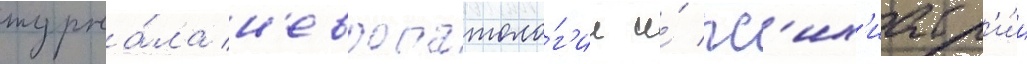
журна́ла н'европатоло́г'ии и́ пс'их'иатр'и́и